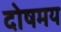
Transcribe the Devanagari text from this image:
दोषमय